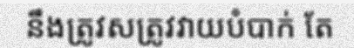
នឹងត្រូវសត្រូវវាយបំបាក់ តែ